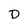
Character: D